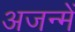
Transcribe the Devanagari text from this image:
अजन्में